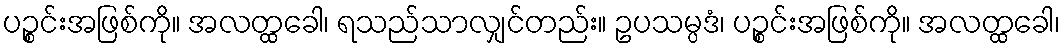
ပဉ္စင်းအဖြစ်ကို။ အလတ္ထခေါ၊ ရသည်သာလျှင်တည်း။ ဥပသမ္ပဒံ၊ ပဉ္စင်းအဖြစ်ကို။ အလတ္ထခေါ၊